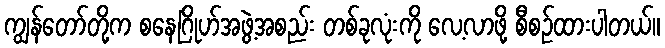
ကျွန်တော်တို့က စနေဂြိုဟ်အဖွဲ့အစည်း တစ်ခုလုံးကို လေ့လာဖို့ စီစဉ်ထားပါတယ်။